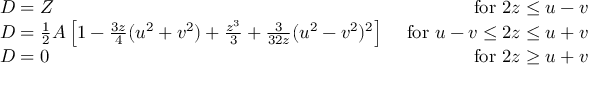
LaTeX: \begin{array} { l r } { { D = Z } } & { { \ \mathrm { f o r ~ } 2 z \leq u - v } } \\ { { D = \frac { 1 } { 2 } A \left[ 1 - \frac { 3 z } { 4 } ( u ^ { 2 } + v ^ { 2 } ) + \frac { z ^ { 3 } } { 3 } + \frac { 3 } { 3 2 z } ( u ^ { 2 } - v ^ { 2 } ) ^ { 2 } \right] } } & { { \ \mathrm { f o r ~ } u - v \leq 2 z \leq u + v } } \\ { { D = 0 } } & { { \ \mathrm { f o r ~ } 2 z \geq u + v } } \end{array}